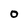
Character: O